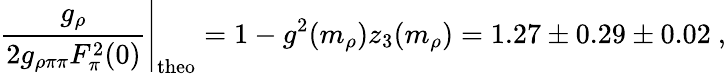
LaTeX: \left.\frac{g_{\rho}}{2g_{\rho\pi\pi}F_{\pi}^{2}(0)}\right\vert_{\mathrm{theo}}=1-g^{2}(m_{\rho})z_{3}(m_{\rho})=1.27\pm 0.29\pm 0.02\ ,